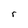
Character: r